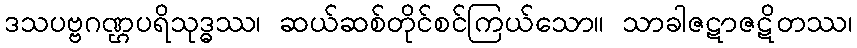
ဒသပဗ္ဗဂဏ္ဌပရိသုဒ္ဓဿ၊ ဆယ်ဆစ်တိုင်စင်ကြယ်သော။ သာခါဇဋာဇဋိတဿ၊